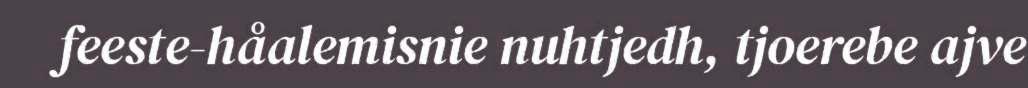
feeste-håalemisnie nuhtjedh, tjoerebe ajve